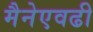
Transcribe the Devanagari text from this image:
मैनेएवढी